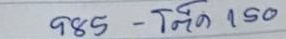
985 - โต๊ด 150